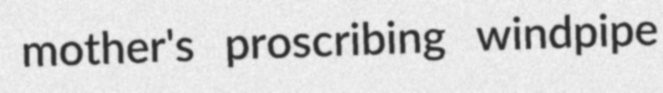
mother's proscribing windpipe